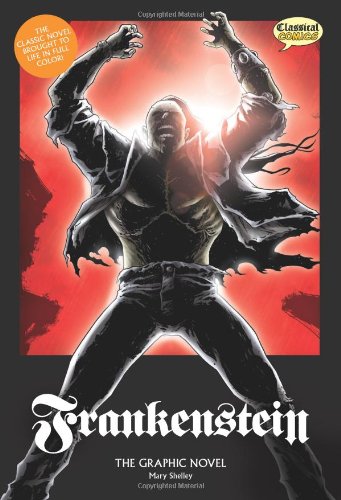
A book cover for Frankenstein: The Graphic Novel (American English, Original Text); Mary Shelley; Comics & Graphic Novels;